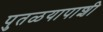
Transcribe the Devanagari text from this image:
पुतळयापाशी